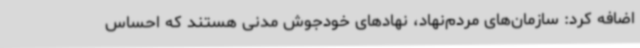
اضافه کرد: سازمان‌های مردم‌نهاد، نهادهای خودجوش مدنی هستند که احساس